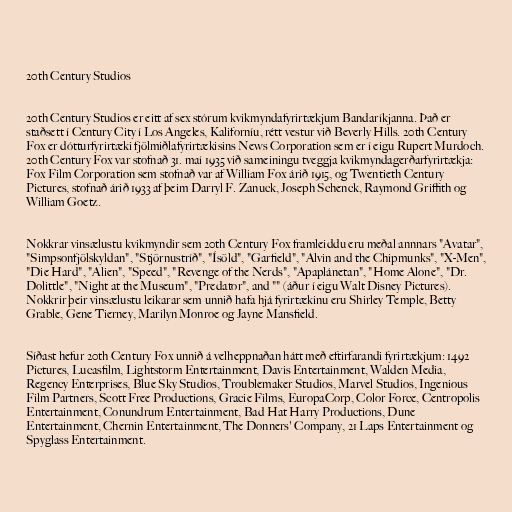
20th Century Studios

20th Century Studios er eitt af sex stórum kvikmyndafyrirtækjum Bandaríkjanna. Það er
staðsett í Century City í Los Angeles, Kaliforníu, rétt vestur við Beverly Hills. 20th Century
Fox er dótturfyrirtæki fjölmiðlafyrirtækisins News Corporation sem er í eigu Rupert Murdoch.
20th Century Fox var stofnað 31. maí 1935 við sameiningu tveggja kvikmyndagerðarfyrirtækja:
Fox Film Corporation sem stofnað var af William Fox árið 1915, og Twentieth Century
Pictures, stofnað árið 1933 af þeim Darryl F. Zanuck, Joseph Schenck, Raymond Griffith og
William Goetz.

Nokkrar vinsælustu kvikmyndir sem 20th Century Fox framleiddu eru meðal annnars "Avatar",
"Simpsonfjölskyldan", "Stjörnustríð", "Ísöld", "Garfield", "Alvin and the Chipmunks", "X-Men",
"Die Hard", "Alien", "Speed", "Revenge of the Nerds", "Apaplánetan", "Home Alone", "Dr.
Dolittle", "Night at the Museum", "Predator", and "" (áður í eigu Walt Disney Pictures).
Nokkrir þeir vinsælustu leikarar sem unnið hafa hjá fyrirtækinu eru Shirley Temple, Betty
Grable, Gene Tierney, Marilyn Monroe og Jayne Mansfield.

Síðast hefur 20th Century Fox unnið á velheppnaðan hátt með eftirfarandi fyrirtækjum: 1492
Pictures, Lucasfilm, Lightstorm Entertainment, Davis Entertainment, Walden Media,
Regency Enterprises, Blue Sky Studios, Troublemaker Studios, Marvel Studios, Ingenious
Film Partners, Scott Free Productions, Gracie Films, EuropaCorp, Color Force, Centropolis
Entertainment, Conundrum Entertainment, Bad Hat Harry Productions, Dune
Entertainment, Chernin Entertainment, The Donners' Company, 21 Laps Entertainment og
Spyglass Entertainment.